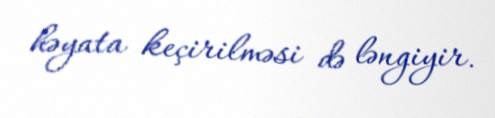
həyata keçirilməsi də ləngiyir.